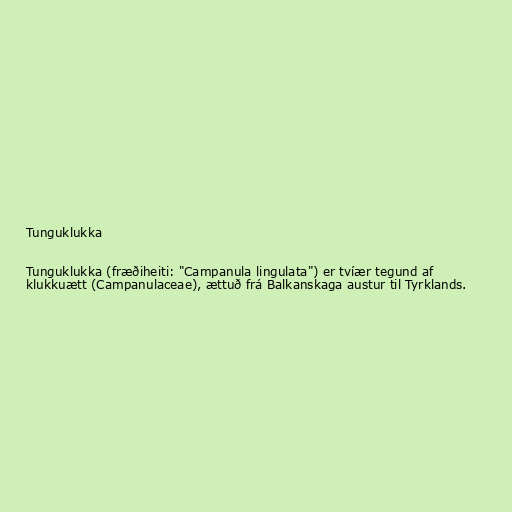
Tunguklukka

Tunguklukka (fræðiheiti: "Campanula lingulata") er tvíær tegund af
klukkuætt (Campanulaceae), ættuð frá Balkanskaga austur til Tyrklands.